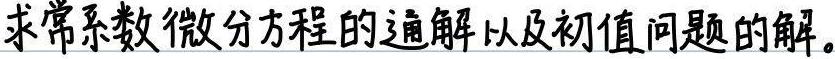
求常系数微分方程的通解以及初值问题的解。